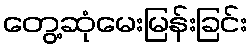
တွေ့ဆုံမေးမြန်းခြင်း